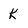
Character: k